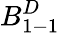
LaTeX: B_{1-1}^{D}